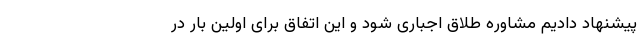
پیشنهاد دادیم مشاوره طلاق اجباری شود و این اتفاق برای اولین بار در